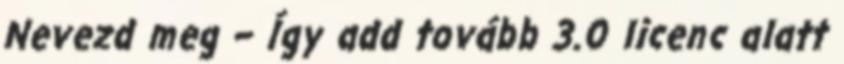
Nevezd meg – Így add tovább 3.0 licenc alatt